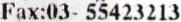
FAX:03- 55423213